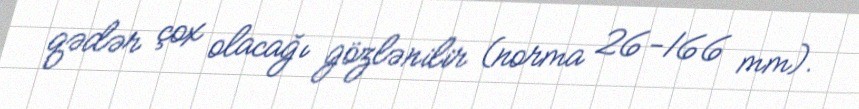
qədər çox olacağı gözlənilir (norma 26-166 mm).